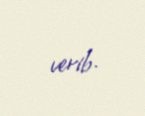
verib.